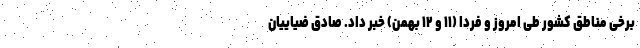
برخی مناطق کشور طی امروز و فردا (۱۱ و ۱۲ بهمن) خبر داد. صادق ضیاییان